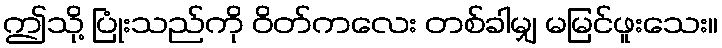
ဤသို့ ပြုံးသည်ကို ဝိတ်ကလေး တစ်ခါမျှ မမြင်ဖူးသေး။